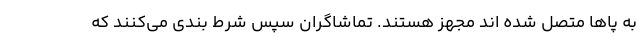
به پاها متصل شده اند مجهز هستند. تماشاگران سپس شرط بندی می‌کنند که